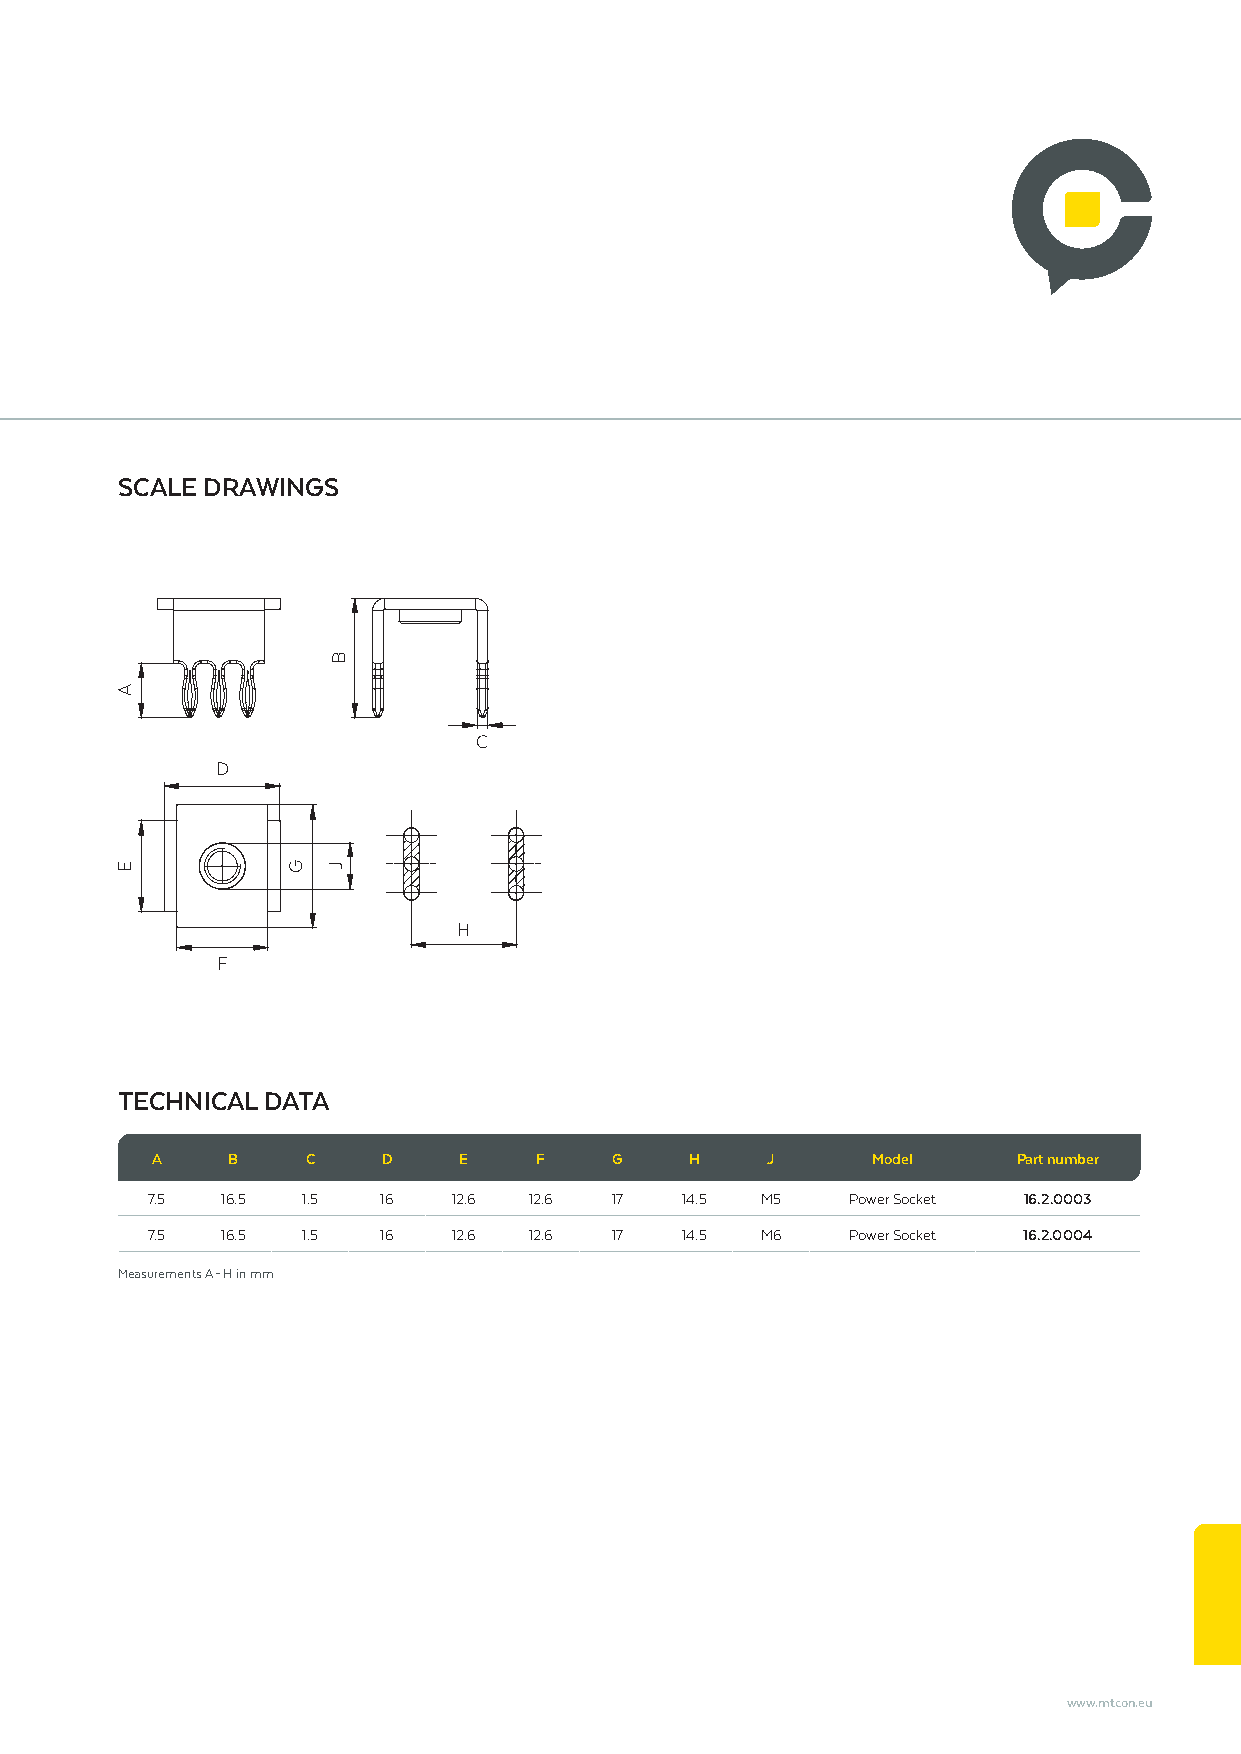
SCALE DRAWINGS
 C
 D
 H
 F
 TECHNICAL DATA
 A    B    C    D    E    F     G    H    J      Model    Part number
 7.5  16.5 1.5  16   12.6 12.6 17   14.5 M5    Power Socket 16.2.0003
 7.5  16.5 1.5  16   12.6 12.6 17   14.5 M6    Power Socket 16.2.0004
 Measurements A – H in mm
 www.mtcon.eu
 A
 E          G
 B
 J